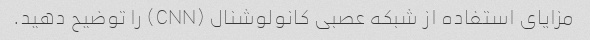
مزایای استفاده از شبکه عصبی کانولوشنال (CNN) را توضیح دهید.